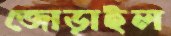
জোড়াইল